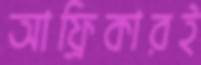
আফ্রিকারই